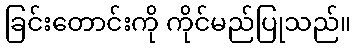
ခြင်းတောင်းကို ကိုင်မည်ပြုသည်။